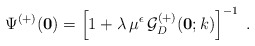
\begin{align*}\Psi^{(+)} ({\bf 0})=\left[ 1 + \lambda \, \mu^{\epsilon}\,{\mathcal G}^{(+)}_{{D}} ({\bf 0};k) \right]^{-1}\; .\end{align*}